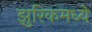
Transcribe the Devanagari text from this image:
झुरिकमध्ये